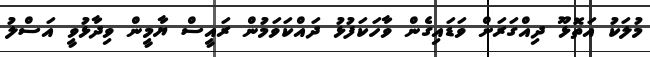
މުލަކު އަތޮޅޫ ދިއްގަރަށް ވަޑައިގެން ވާހަކަފުޅު ދައްކަވަމުން ރައީސް ޔާމީން ވިދާޅުވީ އަސްލު